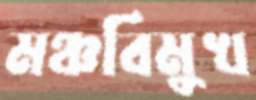
মঞ্চবিমুখ